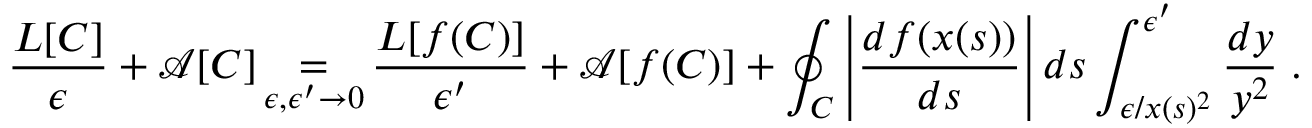
\frac { L [ C ] } { \epsilon } + \mathcal { A } [ C ] \mathop { = } _ { \epsilon , \epsilon ^ { \prime } \to 0 } \frac { L [ f ( C ) ] } { \epsilon ^ { \prime } } + \mathcal { A } [ f ( C ) ] + \oint _ { C } \left| \frac { d f ( x ( s ) ) } { d s } \right| d s \int _ { \epsilon / x ( s ) ^ { 2 } } ^ { \epsilon ^ { \prime } } \frac { d y } { y ^ { 2 } } \; .